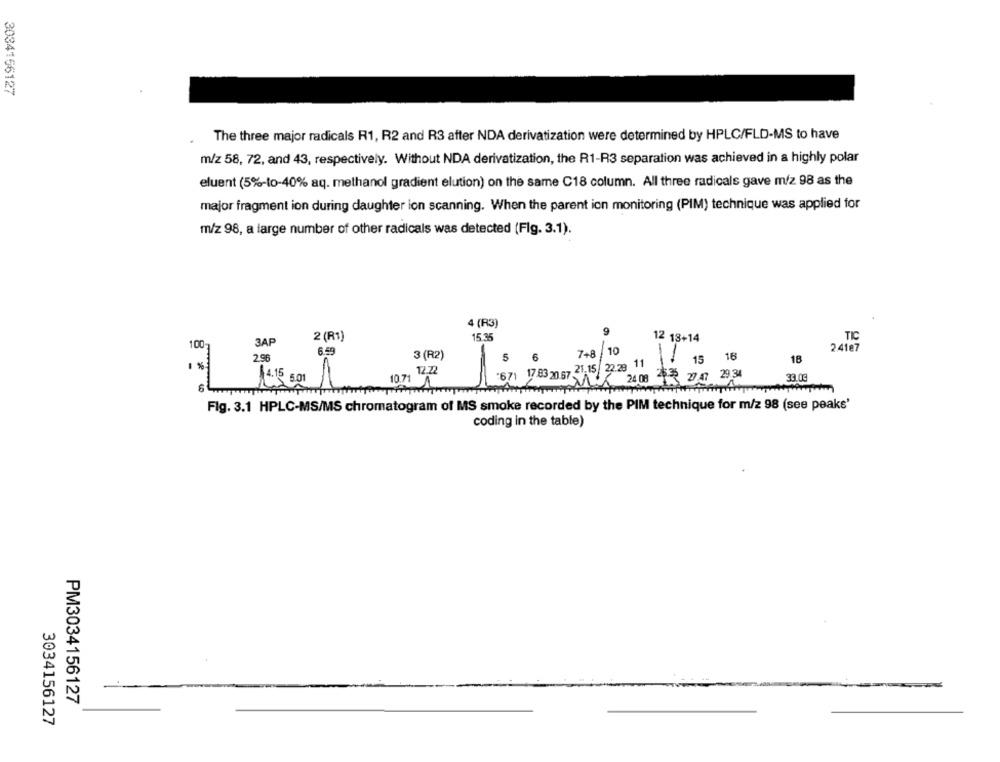
3034156127
The three major radicals R1, R2 and R3 after NDA derivatization were determined by HPLC/FLD-MS to have
m/z 58, 72, and 43, respectively. Without NDA derivatization, the R1-R3 separation was achieved in a highly polar
eluent (5%-to-40% aq. methanol gradient elution) on the same C18 column. All three radicals gave m/z 98 as the
major fragment ion during daughter ion scanning. When the parent ion monitoring (PIM) technique was applied for
m/z 98, a large number of other radicals was detected (Fig. 3.1).
4 (R3)
15.35
3AP
2 (R1)
12 18+14
TIC
100
6.49
2 4187
2.96
3 (R2)
15
16
18
12.22
10.71
24 08
2622 27.47 29.34
33.03
4.15 6.01 11
Fig. 3.1 HPLC-MS/MS chromatogram of MS smoke recorded by the PIM technique for m/z 98 (see peaks'
coding in the table)
PM3034156127
3034156127